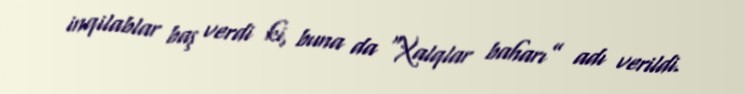
inqilablar baş verdi ki, buna da “Xalqlar baharı” adı verildi.